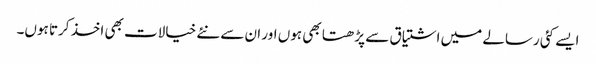
ایسے کئی رسالے میں اشتیاق سے پڑھتا بھی ہوں اور ان سے نئے خیالات بھی اخذ کرتا ہوں۔